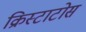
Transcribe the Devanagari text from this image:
क्रिस्टाटोस